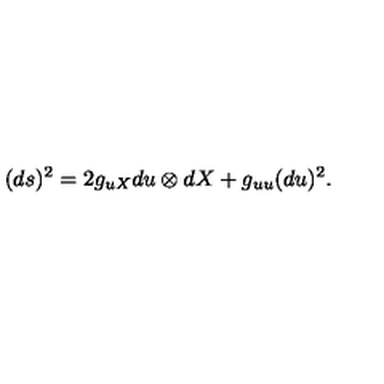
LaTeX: ( d s ) ^ { 2 } = 2 g _ { u X } d u \otimes d X + g _ { u u } ( d u ) ^ { 2 } .